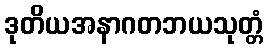
ဒုတိယအနာဂတဘယသုတ္တံ